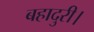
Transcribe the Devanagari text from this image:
बहादुरी।